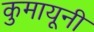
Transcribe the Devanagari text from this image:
कुमायूनी